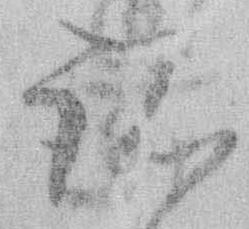
諸